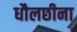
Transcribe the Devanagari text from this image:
धौलछीना